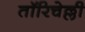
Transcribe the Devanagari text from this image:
तॉरिचेल्ली